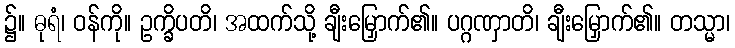
၌။ ဓုရံ၊ ဝန်ကို။ ဥက္ခိပတိ၊ အထက်သို့ ချီးမြှောက်၏။ ပဂ္ဂဏှာတိ၊ ချီးမြှောက်၏။ တသ္မာ၊